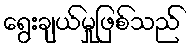
ရွေးချယ်မှုဖြစ်သည်